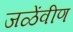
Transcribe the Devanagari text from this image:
जळेंवीण